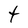
Character: t